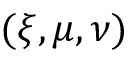
( \xi , \mu , \nu )